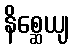
နိစ္ဆေယျ